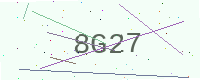
Text: 8G27